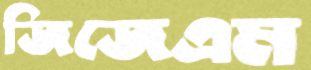
জিজেএম